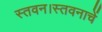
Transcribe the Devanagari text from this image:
स्तवन।स्तवनाचें